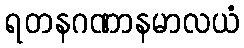
ရတနဂဏာနမာလယံ